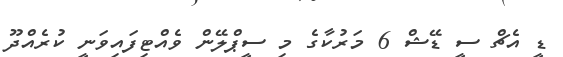
ޑީ އެޗް ސީ ޑޭޝް 6 މަރުކާގެ މި ސީޕްލޭން ވެއްޓިފައިވަނީ ކުރެއްދޫ